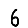
Digit: 6